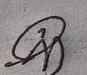
Signature authenticity: genuine